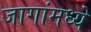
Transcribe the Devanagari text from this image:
जागांमध्ये